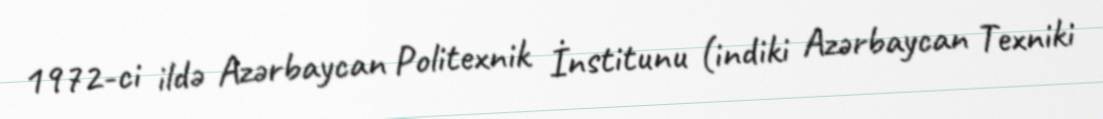
1972-ci ildə Azərbaycan Politexnik İnstitunu (indiki Azərbaycan Texniki